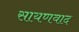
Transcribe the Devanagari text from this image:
सायणवाद